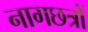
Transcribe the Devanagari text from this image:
नागछत्रों